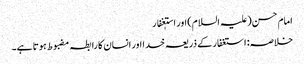
امام حسن(علیہ السلام) اور استٖغفار
خلاصہ: استغفار کے ذریعہ خدا اور انسان کا رابطہ مضبوط ہوتا ہے۔